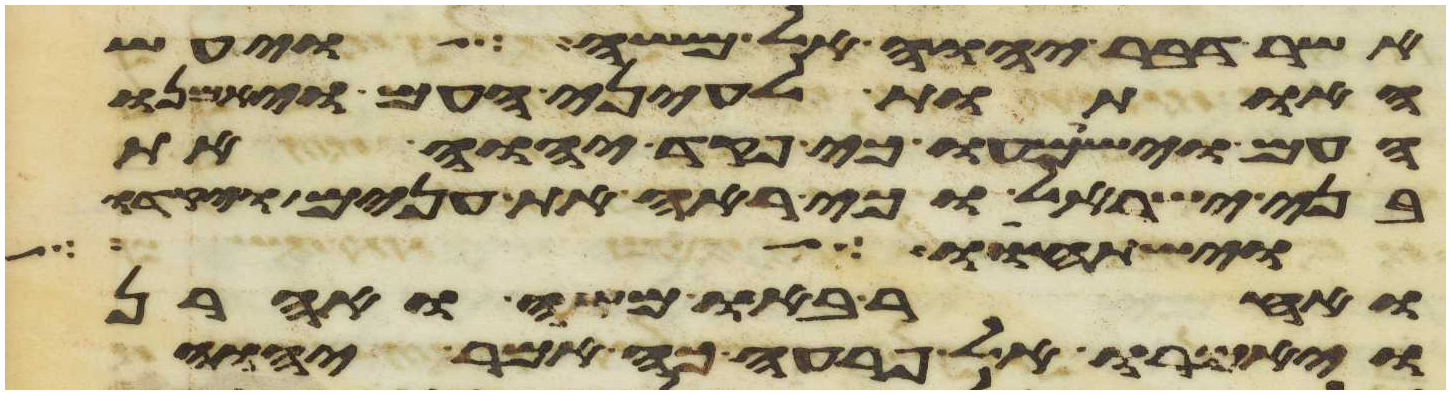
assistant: אשר דבר יהוה אל משה ויעש
האתות לעיני העם ויאמנו
העם וישמעו כי פקד יהוה את
בני ישראל וכי ראה את ענים ויקדו
וישתחוו לך
ואחר באו משה ואהרן
ויאמרו אל פרעה כה אמר יהוה